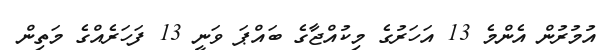
އުމުރުން އެންމެ 13 އަހަރުގެ މިކުއްޖާގެ ބައްޕަ ވަނީ 13 ފަހަރެއްގެ މަތިން